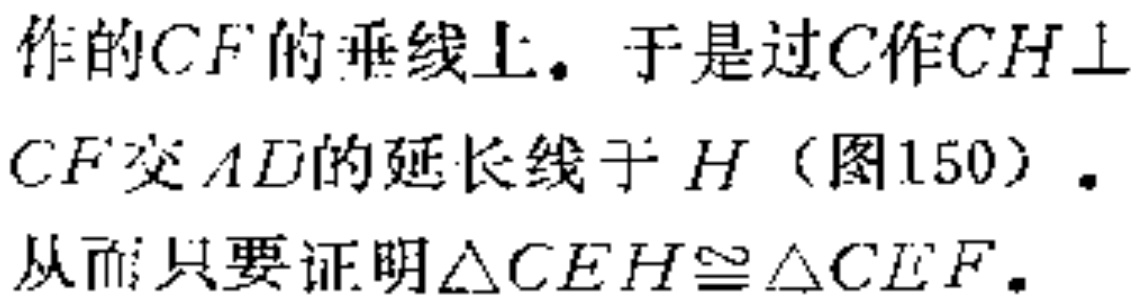
作的\(CF\)的垂线上。于是过\(C\)作\(CH\perp CF\)交\(AD\)的延长线于\(H\)（图150）。从而只要证明\(\triangle CEH\cong\triangle CEF\)。